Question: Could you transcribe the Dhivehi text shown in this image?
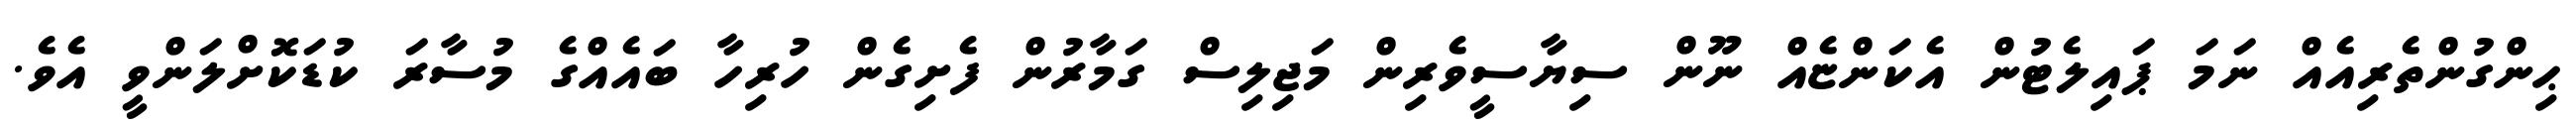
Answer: ޙިންގުންތެރިއެއް ނަމަ ޕައިލެޓުން އެކަންޏެއް ނޫން ސިޔާސީވެރިން މަޖިލިސް ގަމާރުން ފެށިގެން ހުރިހާ ބައެއްގެ މުސާރަ ކުޑަކޮށްލަންވީ އެވެ.